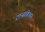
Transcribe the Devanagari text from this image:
ट्रान्सक्रिप्शन